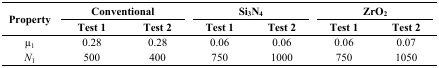
| <ROWSPAN=2> Property | <COLSPAN=2> Conventional | <COLSPAN=2> Si3N4 | <COLSPAN=2> ZrO2 |
 | Test 1 | Test 2 | Test 1 | Test 2 | Test 1 | Test 2 |
 | --- | --- | --- | --- | --- | --- | --- |
 | μ1 | 0.28 | 0.28 | 0.06 | 0.06 | 0.06 | 0.07 |
 | N1 | 500 | 400 | 750 | 1000 | 750 | 1050 |